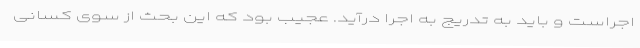
اجراست و باید به تدریج به اجرا درآید. عجیب بود که این بحث از سوی کسانی